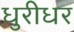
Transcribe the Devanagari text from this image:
धुरीधर